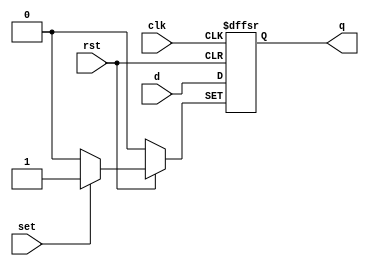
`timescale 1ns / 1ps
//////////////////////////////////////////////////////////////////////////////////
// Company: 
// Engineer: 
// 
// Design Name: 
// Module Name: dff_Pe_Alr_Ahs
// Project Name: 
// Target Devices: 
// Tool Versions: 
// Description: 
// 
// Dependencies: 
// 
// Revision:
// Revision 0.01 - File Created
// Additional Comments:
// 
//////////////////////////////////////////////////////////////////////////////////


module dff_Pe_Alr_Ahs(q,d,clk,rst,set);
input d,clk,rst,set;
output reg q;

always @(posedge clk,negedge rst,posedge set)
if (!rst)
    q <= 1'b0;
else if (set) q<= 1'b1;
else if (clk) q<=d;
endmodule